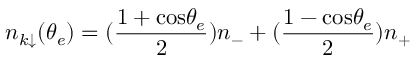
n _ { k \downarrow } ( \theta _ { e } ) = ( { \frac { 1 + \mathrm { c o s } \theta _ { e } } { 2 } } ) n _ { - } + ( { \frac { 1 - \mathrm { c o s } \theta _ { e } } { 2 } } ) n _ { + }